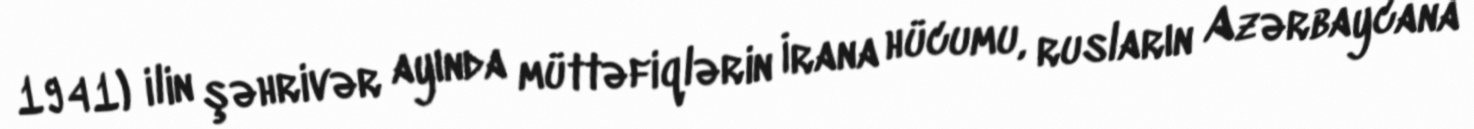
1941) ilin şəhrivər ayında müttəfiqlərin İrana hücumu, rusların Azərbaycana